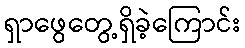
ရှာဖွေတွေ့ရှိခဲ့ကြောင်း